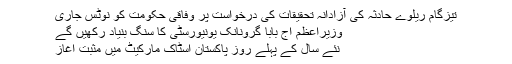
تیزگام ریلوے حادثہ کی آزادانہ تحقیقات کی درخواست پر وفاقی حکومت کو نوٹس جاری
وزیراعظم آج بابا گرونانک یونیورسٹی کا سنگ بنیاد رکھیں گے
نئے سال کے پہلے روز پاکستان اسٹاک مارکیٹ میں مثبت آغاز